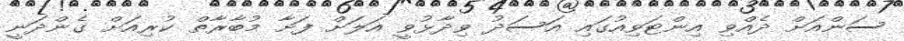
ސަންއަށް ދެއްވި އިންޓަވިއުގައި އަސަދު ވިދާޅުވީ އަލަށް ފަށާ މުބާރާތް ކުރިއަށް ގެންދަނީ